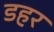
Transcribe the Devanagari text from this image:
डहर